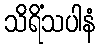
သိရိံသပါနံ